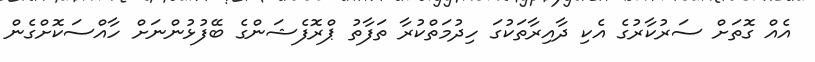
އެއް ގޮތަށް ސަރުކާރުގެ އެކި ދާއިރާތަކުގަ ހިދުމަތްކުރާ ތަފާތު ޕްރޮފެޝަންގެ ބޭފުޅުންނަށް ހާއްސަކޮށްގެން